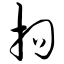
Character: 拘